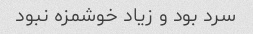
سرد بود و زیاد خوشمزه نبود